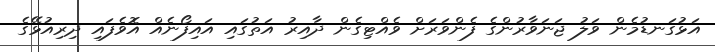
އަޅުގަނޑުމެން ވަލު ޖަނަވާރުންގެ ފެންވަރަށް ވެއްޓިގެން ދާއިރު އަތުގައި އައިފޯނެއް އޮވެފައި ދިރިއުޅޭގެ